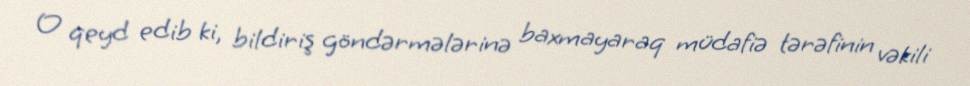
O qeyd edib ki, bildiriş göndərmələrinə baxmayaraq müdafiə tərəfinin vəkili